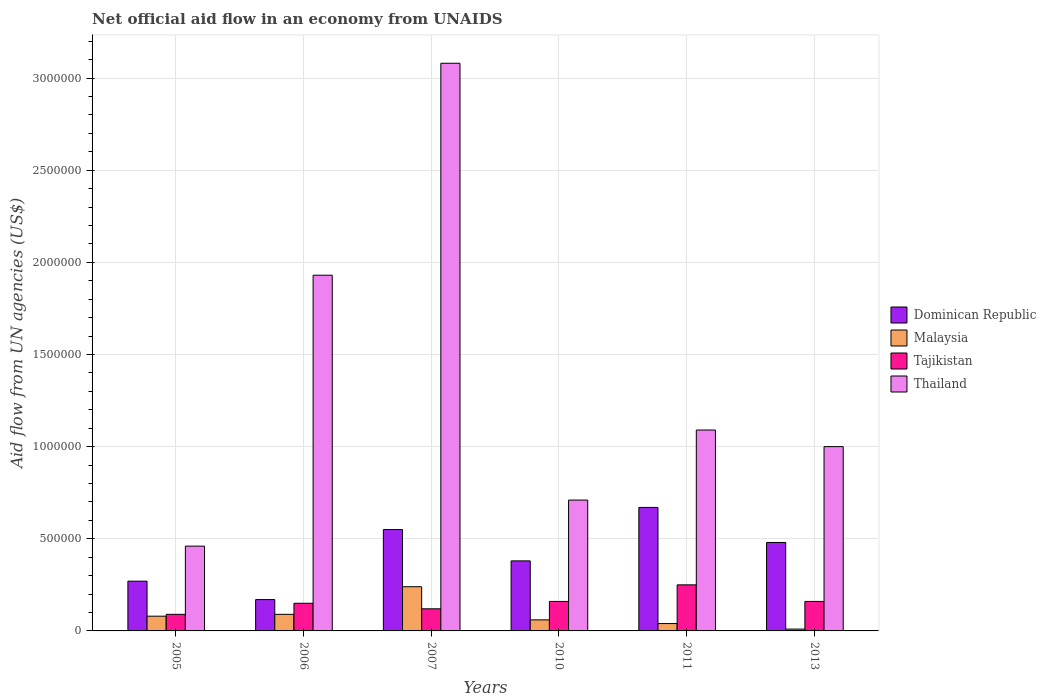
| Years | Dominican Republic | Malaysia | Tajikistan | Thailand |
 | --- | --- | --- | --- | --- |
 | 2005 | 2.7e+05 | 8e+04 | 9e+04 | 4.6e+05 |
 | 2006 | 1.7e+05 | 9e+04 | 1.5e+05 | 1.93e+06 |
 | 2007 | 5.5e+05 | 2.4e+05 | 1.2e+05 | 3.08e+06 |
 | 2010 | 3.8e+05 | 6e+04 | 1.6e+05 | 7.1e+05 |
 | 2011 | 6.7e+05 | 4e+04 | 2.5e+05 | 1.09e+06 |
 | 2013 | 4.8e+05 | 1e+04 | 1.6e+05 | 1e+06 |